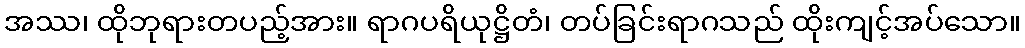
အဿ၊ ထိုဘုရားတပည့်အား။ ရာဂပရိယုဋ္ဌိတံ၊ တပ်ခြင်းရာဂသည် ထိုးကျင့်အပ်သော။